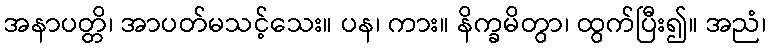
အနာပတ္တိ၊ အာပတ်မသင့်သေး။ ပန၊ ကား။ နိက္ခမိတွာ၊ ထွက်ပြီး၍။ အညံ၊